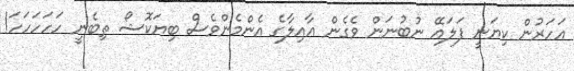
އަހަރުން ކިޔަނީ ފަލައޭ ނުބުނަން ވެގެން އާއިލާގެ އެންމެންވެސް ބިޔަކޮޝޯ ތިބެނީ ހަހަހަހަހަ!